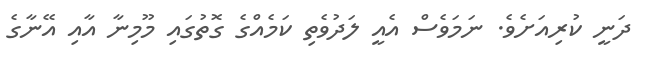
ދަނީ ކުރިއަށެވެ. ނަމަވެސް އެއީ ލަދުވެތި ކަމެއްގެ ގޮތުގައި މޫމިނާ އާއި އޭނާގެ